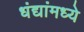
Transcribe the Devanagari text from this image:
धंद्यांमध्ये